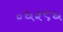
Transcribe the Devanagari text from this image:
०६२८६